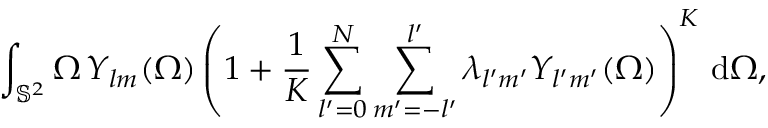
\int _ { \mathbb { S } ^ { 2 } } \Omega \, Y _ { l m } ( \Omega ) \left( 1 + \frac { 1 } { K } \sum _ { l ^ { \prime } = 0 } ^ { N } \sum _ { m ^ { \prime } = - l ^ { \prime } } ^ { l ^ { \prime } } \lambda _ { l ^ { \prime } m ^ { \prime } } Y _ { l ^ { \prime } m ^ { \prime } } ( \Omega ) \right) ^ { K } \, \mathrm { d } \Omega ,